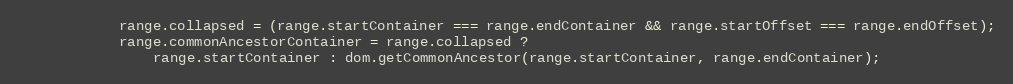
Language: JavaScript
            range.collapsed = (range.startContainer === range.endContainer && range.startOffset === range.endOffset);
            range.commonAncestorContainer = range.collapsed ?
                range.startContainer : dom.getCommonAncestor(range.startContainer, range.endContainer);